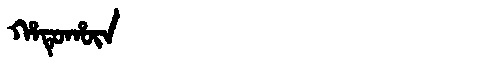
Manchu: ᡥᠠᡨᡠᡥᡡᠨ
Romanization: HATUHŪN